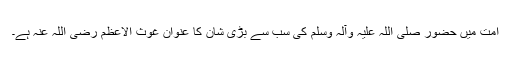
امت میں حضور صلی اللہ علیہ وآلہ وسلم کی سب سے بڑی شان کا عنوان غوث الاعظم رضی اللہ عنہ ہے۔